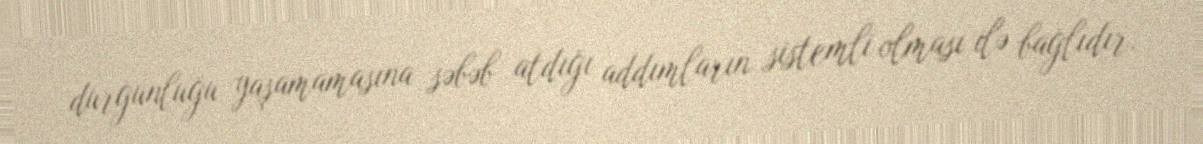
durğunluğu yaşamamasına səbəb atdığı addımların sistemli olması ilə bağlıdır.